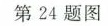
第24题图